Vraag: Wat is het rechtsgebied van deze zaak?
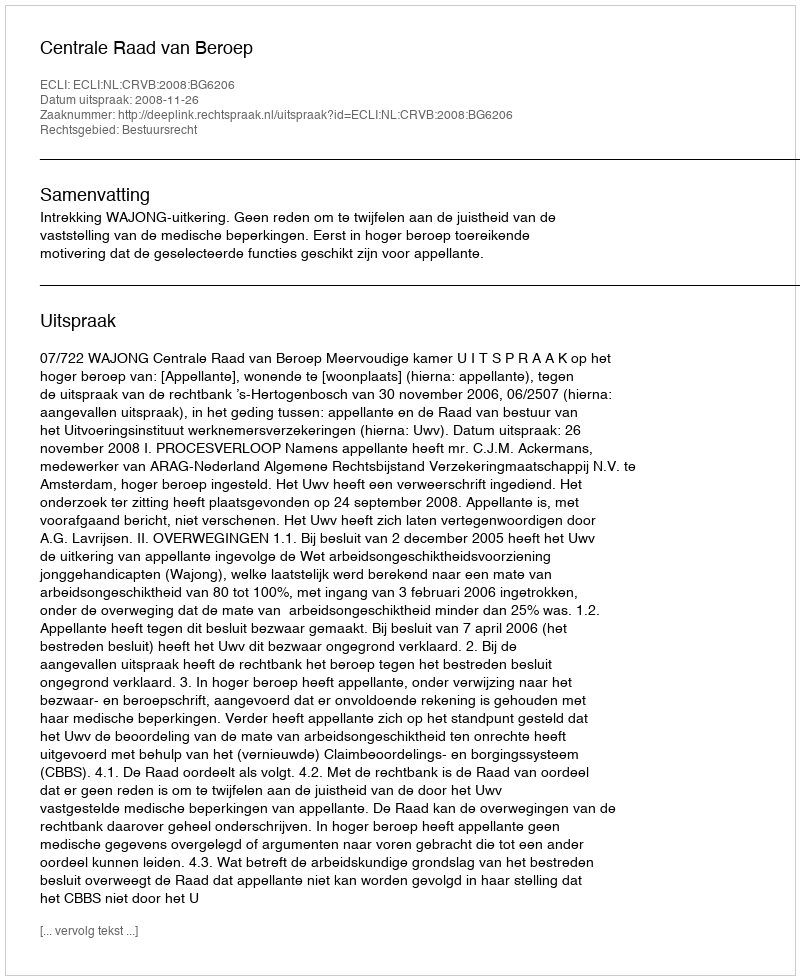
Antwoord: Bestuursrecht